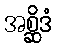
အစ္ဆိဒံ